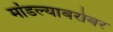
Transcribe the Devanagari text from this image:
मांडल्याबरोबर